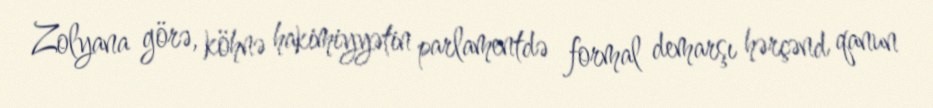
Zolyana görə, köhnə hakimiyyətin parlamentdə formal demarşı hərçənd qanun